Vaccination in Bombay 1869-1873 - 1869-1873
Year: 1869
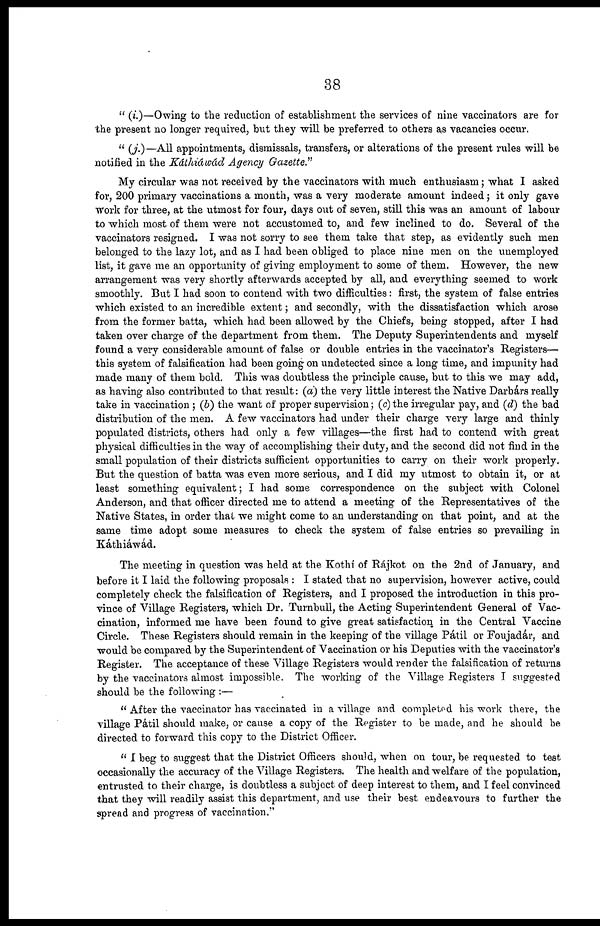
38
" (i.)—Owing to the reduction of establishment the services of nine vaccinators are for
the present no longer required, but they will be preferred to others as vacancies occur.
" (j.)—All appointments, dismissals, transfers, or alterations of the present rules will be
notified in the Káthiáwád Agency Gazette."
My circular was not received by the vaccinators with much enthusiasm; what I asked
for, 200 primary vaccinations a month, was a very moderate amount indeed ; it only gave
work for three, at the utmost for four, days out of seven, still this was an amount of labour
to which most of them were not accustomed to, and few inclined to do. Several of the
vaccinators resigned. I was not sorry to see them take that step, as evidently such men
belonged to the lazy lot, and as I had been obliged to place nine men on the unemployed
list, it gave me an opportunity of giving employment to some of them. However, the new
arrangement was very shortly afterwards accepted by all, and everything seemed to work
smoothly. But I had soon to contend with two difficulties: first, the system of false entries
which existed to an incredible extent ; and secondly, with the dissatisfaction which arose
from the former batta, which had been allowed by the Chiefs, being stopped, after I had
taken over charge of the department from them. The Deputy Superintendents and myself
found a very considerable amount of false or double entries in the vaccinator's Registers—
this system of falsification had been going on undetected since a long time, and impunity had
made many of them bold. This was doubtless the principle cause, but to this we may add,
as having also contributed to that result: (a) the very little interest the Native Darbárs really
take in vaccination ; (b) the want of proper supervision; (c)the irregular pay, and (d) the bad
distribution of the men. A few vaccinators had under their charge very large and thinly
populated districts, others had only a few villages—the first had to contend with great
physical difficulties in the way of accomplishing their duty, and the second did not find in the
small population of their districts sufficient opportunities to carry on their work properly.
But the question of batta was even more serious, and I did my utmost to obtain it, or at
least something equivalent; I had some correspondence on the subject with Colonel
Anderson, and that officer directed me to attend a meeting of the Representatives of the
Native States, in order that we might come to an understanding on that point, and at the
same time adopt some measures to check the system of false entries so prevailing in
Káthiáwád.
The meeting in question was held at the Kothí of Rájkot on the 2nd of January, and
before it I laid the following proposals : I stated that no supervision, however active, could
completely check the falsification of Registers, and I proposed the introduction in this pro-
vince of Village Registers, which Dr. Turnbull, the Acting Superintendent General of Vac-
cination, informed me have been found to give great satisfaction in the Central Vaccine
Circle. These Registers should remain in the keeping of the village Pátil or Foujadár, and
would be compared by the Superintendent of Vaccination or his Deputies with the vaccinator's
Register. The acceptance of these Village Registers would render the falsification of returns
by the vaccinators almost impossible. The working of the Village Registers I suggested
should be the following :—
" After the vaccinator has vaccinated in a village and completed his work there, the
village Pátil should make, or cause a copy of the Register to be made, and he should be
directed to forward this copy to the District Officer.
" I beg to suggest that the District Officers should, when on tour, be requested to test
occasionally the accuracy of the Village Registers. The health and welfare of the population,
entrusted to their charge, is doubtless a subject of deep interest to them, and I feel convinced
that they will readily assist this department, and use their best endeavours to further the
spread and progress of vaccination."